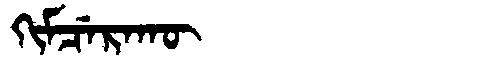
Manchu: ᡴᡳᠮᠴᡝᡵᠠᡴᡡ
Romanization: KIMCERAKŪ